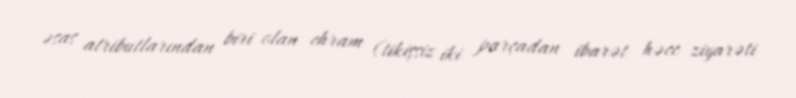
əsas atributlarından biri olan ehram (tikişsiz iki parçadan ibarət həcc ziyarəti